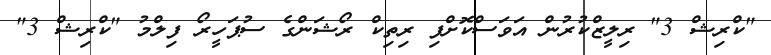
"ކްރިޝް 3" ރިލީޒްކުރުން އަވަސްކޮށްފި ރިތިކް ރޯޝަންގެ ސުޕަހީރޯ ފިލްމު "ކްރިޝް 3"